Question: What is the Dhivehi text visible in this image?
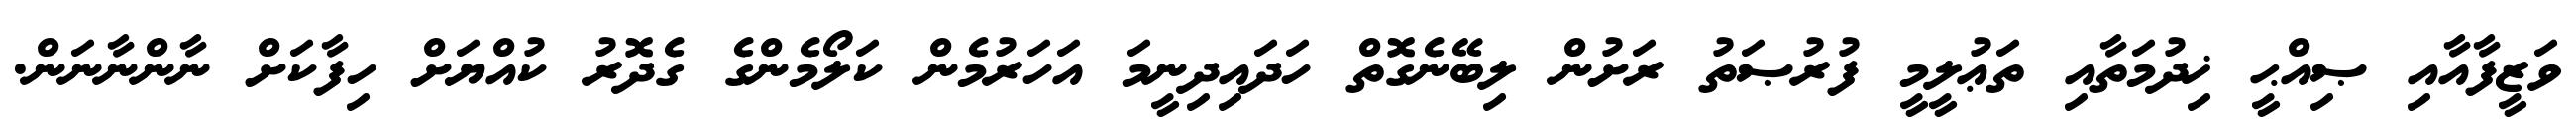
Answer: ވަޒީފާއާއި ޞިއްޙީ ޚިދުމަތާއި ތަޢުލީމީ ފުރުޞަތު ރަށުން ލިބޭނެގޮތް ހަދައިދިނީމަ އަހަރުމެން ކަލޯމެންގެ ގެދޮރު ކުއްޔަށް ހިފާކަށް ނާންނާނަން.